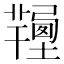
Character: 𢐽